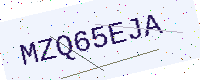
Text: MZQ65EJA